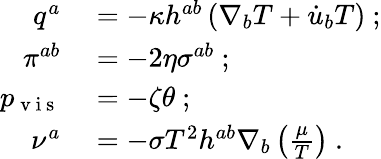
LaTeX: \begin{array}{rl}{q^{a}}&{{}=-\kappa h^{ab}\left(\nabla_{b}T+\dot{u}_{b}T\right)~;}\\ {\pi^{ab}}&{{}=-2\eta\sigma^{ab}~;}\\ {p_{\mathrm{~v~i~s~}}}&{{}=-\zeta\theta~;}\\ {\nu^{a}}&{{}=-\sigma T^{2}h^{ab}\nabla_{b}\left(\frac{\mu}{T}\right)~.}\end{array}